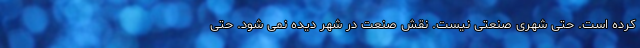
کرده است. حتی شهری صنعتی نیست. نقش صنعت در شهر دیده نمی شود. حتی